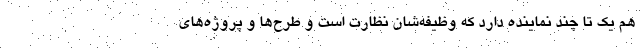
هم یک تا چند نماینده دارد که وظیفه‌شان نظارت است و طرح‌ها و پروژه‌های